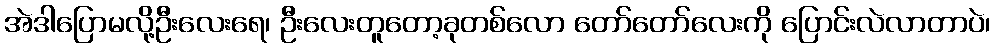
အဲဒါပြောမလို့ဦးလေးရေ၊ ဦးလေးတူတော့ခုတစ်လော တော်တော်လေးကို ပြောင်းလဲလာတာပဲ၊